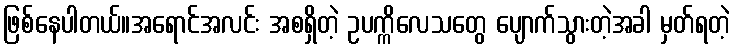
ဖြစ်နေပါတယ်။အရောင်အလင်း အစရှိတဲ့ ဥပက္ကိလေသတွေ ပျောက်သွားတဲ့အခါ မှတ်ရတဲ့